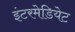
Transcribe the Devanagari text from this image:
इंटरमेडियेट